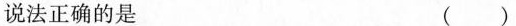
说法正确的是 ( )